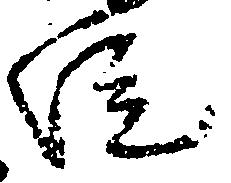
院